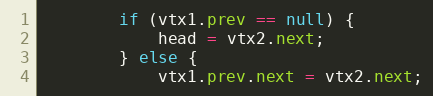
Language: Java
        if (vtx1.prev == null) {
            head = vtx2.next;
        } else {
            vtx1.prev.next = vtx2.next;